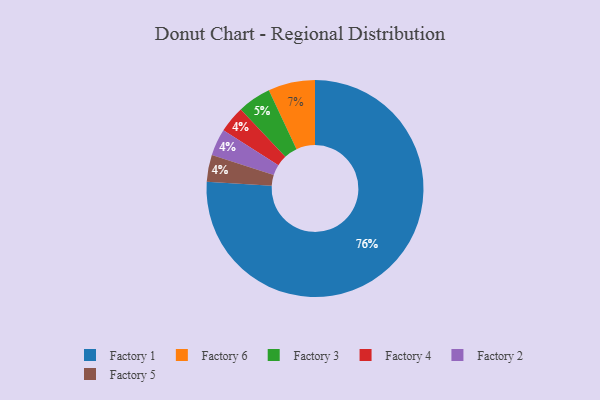
{"axis": {"x": "Category", "y": "Percentage"}, "legend": ["Factory 1", "Factory 2", "Factory 3", "Factory 4", "Factory 5", "Factory 6"], "data": [{"x": "Factory 4", "y": 4, "type": "Factory 4"}, {"x": "Factory 3", "y": 5, "type": "Factory 3"}, {"x": "Factory 2", "y": 4, "type": "Factory 2"}, {"x": "Factory 6", "y": 7, "type": "Factory 6"}, {"x": "Factory 1", "y": 76, "type": "Factory 1"}, {"x": "Factory 5", "y": 4, "type": "Factory 5"}]}